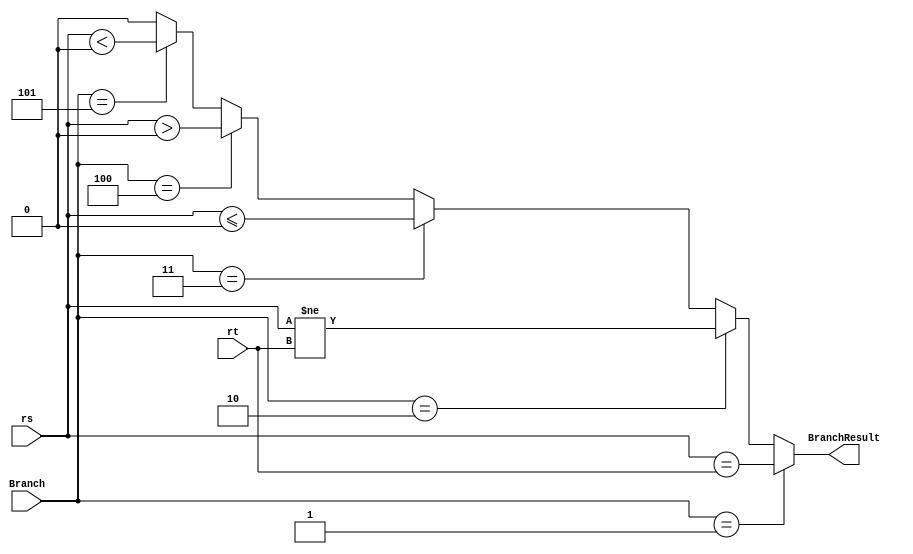
module BranchTest(
    input [31:0] rs,
    input [31:0] rt,
    input [2:0] Branch,
    output BranchResult);
    
    assign BranchResult=(Branch==3'b001)?(rs==rt):
                        (Branch==3'b010)?(rs!=rt):
                        (Branch==3'b011)?(rs<=1'b0):
                        (Branch==3'b100)?(rs>1'b0):
                        (Branch==3'b101)?(rs<1'b0):1'b0;
    
endmodule